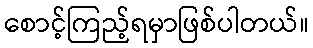
စောင့်ကြည့်ရမှာဖြစ်ပါတယ်။